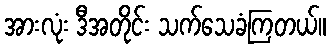
အားလုံး ဒီအတိုင်း သက်သေခံကြတယ်။